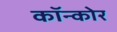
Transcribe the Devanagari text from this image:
कॉन्कोर